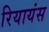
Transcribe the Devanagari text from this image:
रियायंस